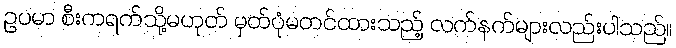
ဥပမာ စီးကရက်သို့မဟုတ် မှတ်ပုံမတင်ထားသည့် လက်နက်များလည်းပါသည်။